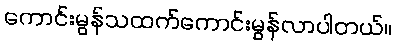
ကောင်းမွန်သထက်ကောင်းမွန်လာပါတယ်။